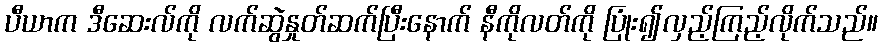
ပီယာက ဒီဆေးလ်ကို လက်ဆွဲနှုတ်ဆက်ပြီးနောက် နီကိုလတ်ကို ပြုံး၍လှည့်ကြည့်လိုက်သည်။